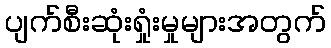
ပျက်စီးဆုံးရှုံးမှုများအတွက်